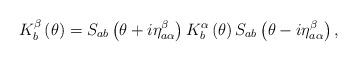
LaTeX: \begin{align*}K_{b}^{\beta}\left(\theta\right)=S_{ab}\left(\theta+i\eta_{a\alpha}^{\beta}\right)K_{b}^{\alpha}\left(\theta\right)S_{ab}\left(\theta-i\eta_{a\alpha}^{\beta}\right),\end{align*}